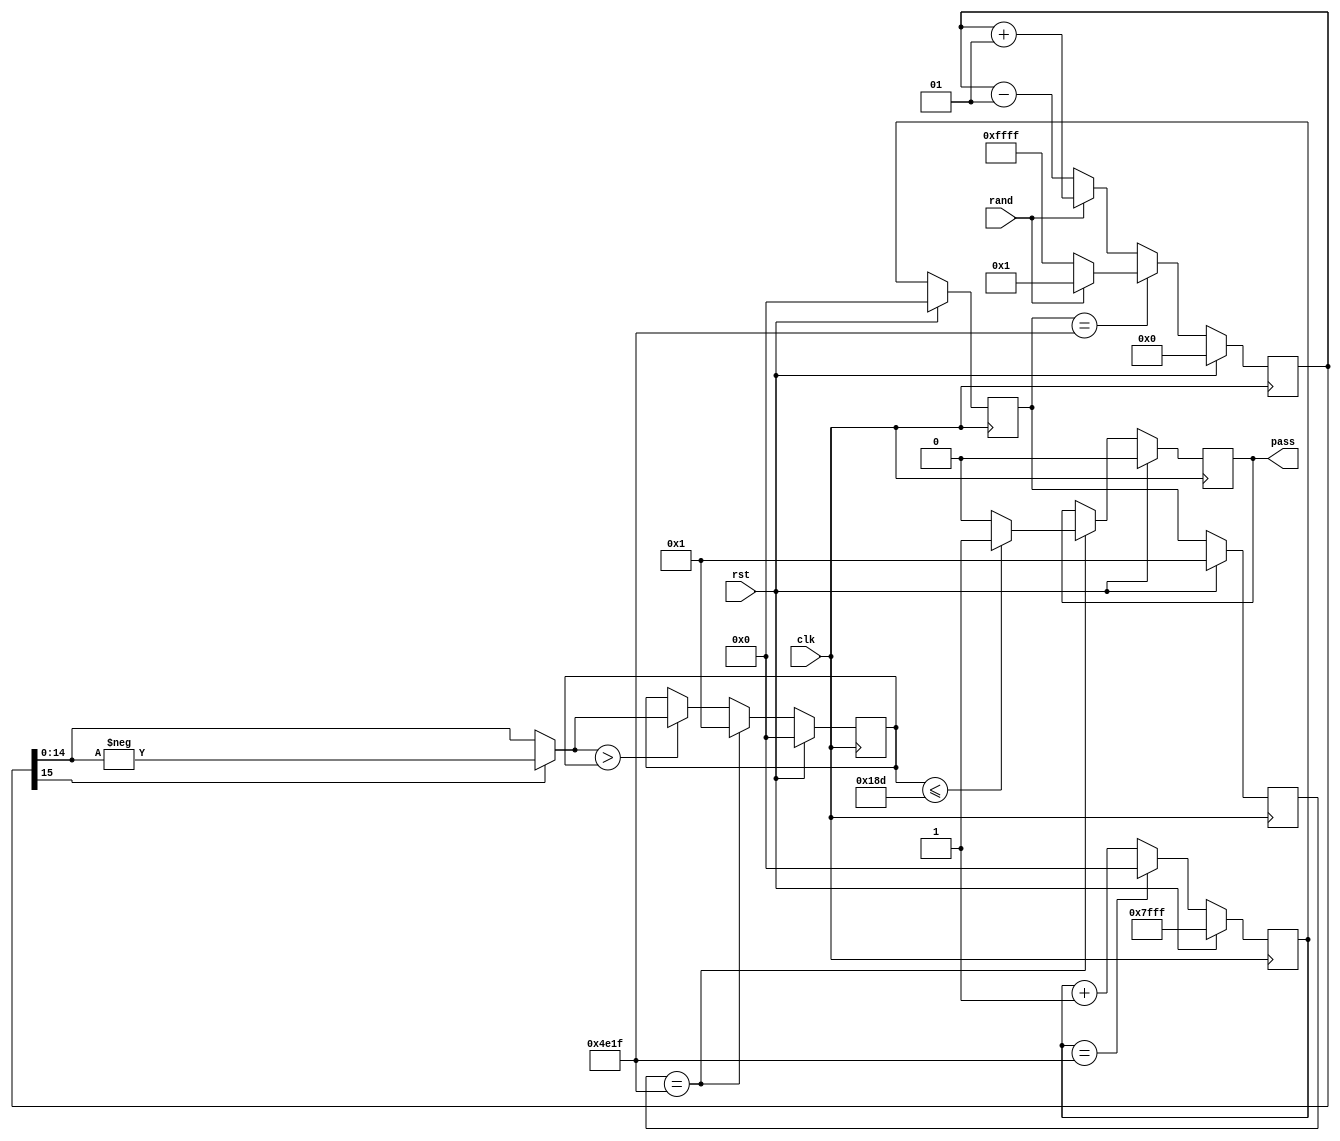
`timescale 1ns / 1ps
//////////////////////////////////////////////////////////////////////////////////
// Company: 
// Engineer: 
// 
// Design Name: 
// Module Name:    Frequency 
// Project Name: 
// Target Devices: 
// Tool versions: 
// Description: 
//
// Dependencies: 
//
// Revision: 
// Revision 0.01 - File Created
// Additional Comments: 
//
//////////////////////////////////////////////////////////////////////////////////
module Cumulative_Sums(
    input wire clk,
	 input wire rst,
    input wire rand,
    output reg pass
    );
	 
parameter N = 20000, U = 397, L = -397;

reg [14:0] count_bits0, count_bits1, count_bits2;
reg signed [15:0] cum_sum;
wire [14:0] abs_cum_sum;
reg [14:0] max_abs_cum_sum;

assign abs_cum_sum = cum_sum[15]? (-cum_sum) : cum_sum;

always @(posedge clk)
	if (rst) begin
		count_bits0 <= 15'H7FFF;
		count_bits1 <= 0;
		count_bits2 <= 1;
		cum_sum <= 0;
		max_abs_cum_sum <= 0;
		pass <= 0;
	end
	else begin 
		count_bits0 <= count_bits0 + 1;
		count_bits1 <= count_bits0;
		count_bits2 <= count_bits1;
		if (count_bits0 == (N-1)) begin
			count_bits0 <= 0;
		end
		
		if (rand) cum_sum <= cum_sum + 1;	
		else cum_sum <= cum_sum - 1;
		if (count_bits1 == (N-1)) begin
			cum_sum <= rand ? 1 : -1;
		end
		
		if (abs_cum_sum > max_abs_cum_sum) max_abs_cum_sum <= abs_cum_sum;
		if (count_bits2 == (N-1)) begin
			max_abs_cum_sum <= 1;
			if (max_abs_cum_sum <= U) pass <= 1;
			else pass <= 0;
		end 
		
	end

endmodule